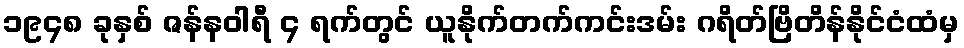
၁၉၄၈ ခုနှစ် ဇန်နဝါရီ ၄ ရက်တွင် ယူနိုက်တက်ကင်းဒမ်း ဂရိတ်ဗြိတိန်နိုင်ငံထံမှ